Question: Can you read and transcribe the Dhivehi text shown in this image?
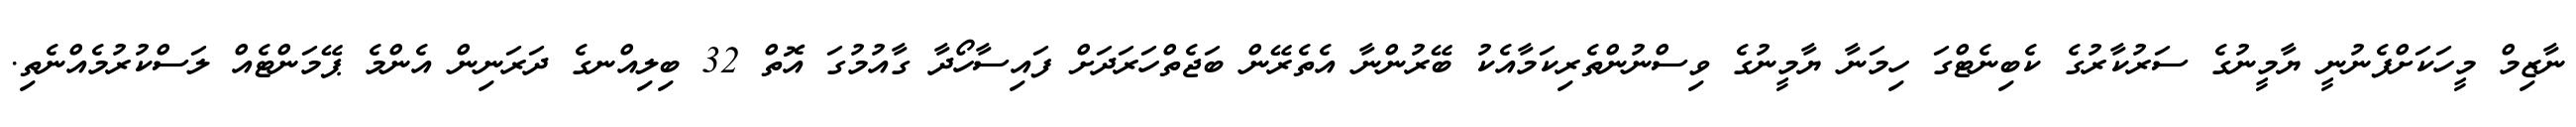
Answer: ނާޒިމް މީހަކަށްފެނުނީ ޔާމީނުގެ ސަރުކާރުގެ ކެބިނެޓްގަ ހިމަނާ ޔާމީނުގެ ވިސްނުންތެރިކަމާއެކު ބޭރުންނާ އެތެރޭން ބަޖެތްހަރަދަށް ފައިސާހޯދާ ގާއުމުގަ އޮތް 32 ބިލިއްނގެ ދަރަނިން އެންމެ ޕޭމަންޓެއް ލަސްކުރުމެއްނެތި.